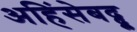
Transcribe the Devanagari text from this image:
अहिंसेबद्द्ल